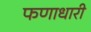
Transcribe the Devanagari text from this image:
फणाधारी